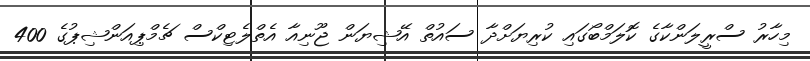
މިހާރު ސްރީލަންކާގެ ކޮލަމްބޯގައި ކުރިޔަށްދާ ސައުތް އޭޝިޔަން ޖޫނިއާ އެތްލެޓިކްސް ޗެމްޕިއަންޝިޕުގެ 400